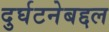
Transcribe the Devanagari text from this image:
दुर्घटनेबद्दल